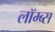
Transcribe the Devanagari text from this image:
लॉम्ब्स